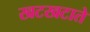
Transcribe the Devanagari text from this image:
खटखटाते